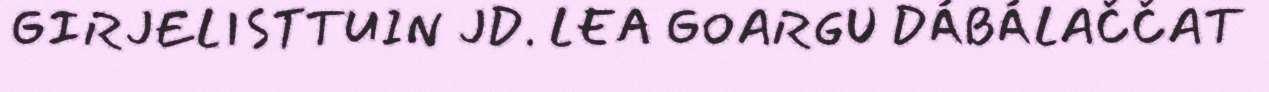
GIRJELISTTUIN JD. LEA GOARGU DÁBÁLAČČAT